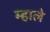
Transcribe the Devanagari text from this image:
म्हाले